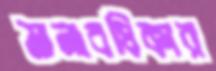
মানাবধিকার